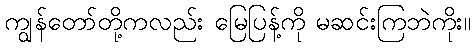
ကျွန်တော်တို့ကလည်း မြေပြန့်ကို မဆင်းကြဘဲကိုး။